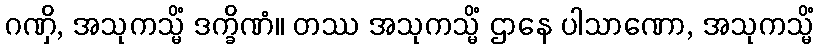
ဂဏှိ, အသုကသ္မိံ ဒက္ခိဏံ။ တဿ အသုကသ္မိံ ဌာနေ ပါသာဏော, အသုကသ္မိံ